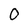
Character: 0